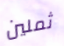
ثملين